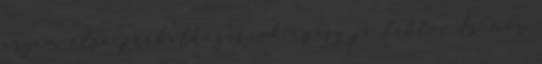
érzem első próbálkozásnak egész jó lett :- És már